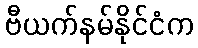
ဗီယက်နမ်နိုင်ငံက